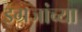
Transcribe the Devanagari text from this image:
इग्रजांच्या